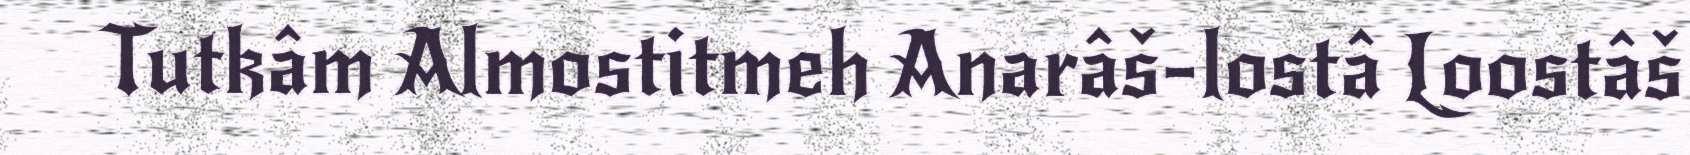
Tutkâm Almostitmeh Anarâš-lostâ Loostâš